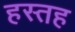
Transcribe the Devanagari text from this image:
हस्तह